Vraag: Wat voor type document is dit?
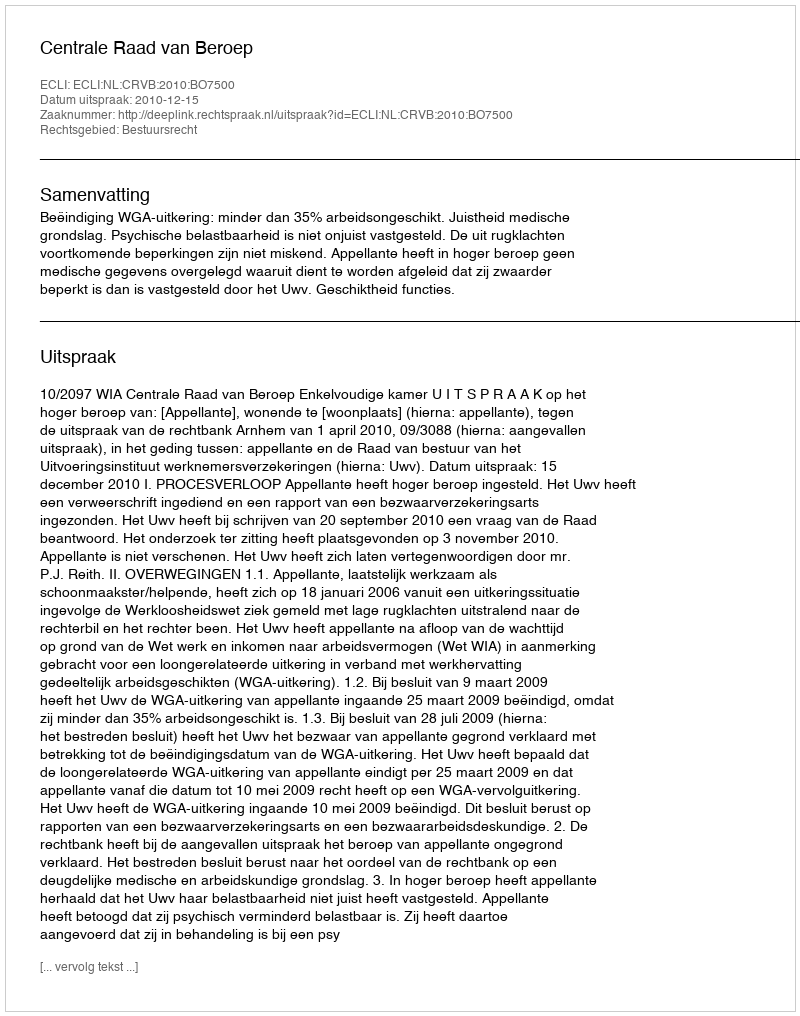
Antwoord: Uitspraak